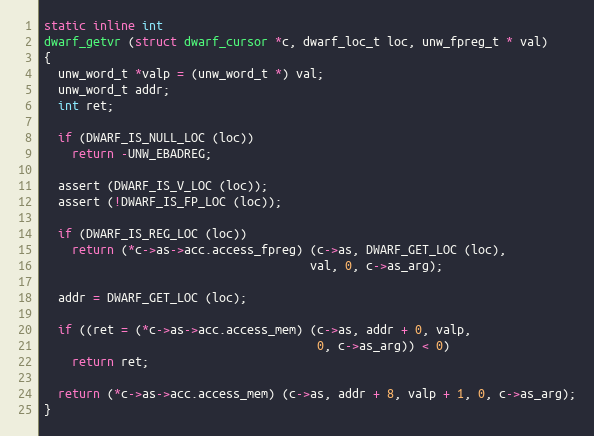
Language: C
static inline int
dwarf_getvr (struct dwarf_cursor *c, dwarf_loc_t loc, unw_fpreg_t * val)
{
  unw_word_t *valp = (unw_word_t *) val;
  unw_word_t addr;
  int ret;

  if (DWARF_IS_NULL_LOC (loc))
    return -UNW_EBADREG;

  assert (DWARF_IS_V_LOC (loc));
  assert (!DWARF_IS_FP_LOC (loc));

  if (DWARF_IS_REG_LOC (loc))
    return (*c->as->acc.access_fpreg) (c->as, DWARF_GET_LOC (loc),
                                      val, 0, c->as_arg);

  addr = DWARF_GET_LOC (loc);

  if ((ret = (*c->as->acc.access_mem) (c->as, addr + 0, valp,
                                       0, c->as_arg)) < 0)
    return ret;

  return (*c->as->acc.access_mem) (c->as, addr + 8, valp + 1, 0, c->as_arg);
}